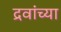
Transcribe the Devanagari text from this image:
द्रवांच्या